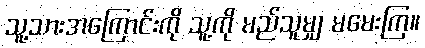
သူ့သားအကြောင်းကို သူ့ကို မည်သူမျှ မမေးကြ။